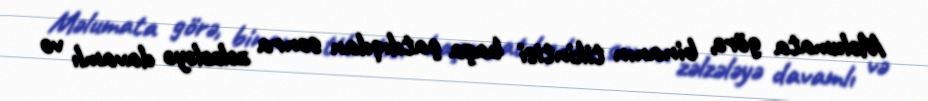
Məlumata görə, binanın tikintisi başa çatdıqdan sonra zəlzələyə davamlı və